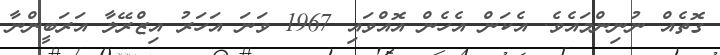
ގޮތެއް ނުނިންމައެވެ. އެކަން އެހެން އޮއްވައި 1967 ވަނަ އަހަރު އިޒްރޭލާ އަރަބީންނާ